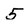
Character: 5